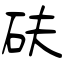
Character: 砆